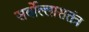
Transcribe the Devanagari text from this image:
सर्वोल्लासतंत्र